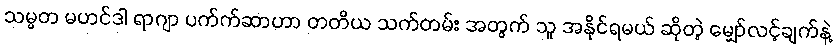
သမ္မတ မဟင်ဒါ ရာဂျာ ပက်က်ဆာဟာ တတိယ သက်တမ်း အတွက် သူ အနိုင်ရမယ် ဆိုတဲ့ မျှော်လင့်ချက်နဲ့